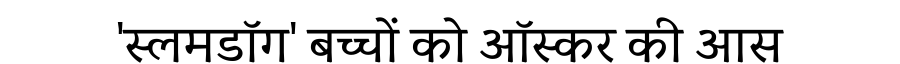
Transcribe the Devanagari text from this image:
'स्लमडॉग' बच्चों को ऑस्कर की आस